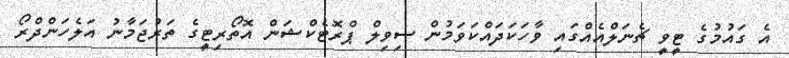
އެ ގައުމުގެ ޓީވީ ޗެނަލްއެއްގައި ވާހަކަދައްކަވަމުން ސިވިލް ޕްރޮޓެކްޝަން އޮތޯރިޓީގެ ތަރުޖަމާނު އަލެހަންދްރޯ